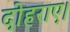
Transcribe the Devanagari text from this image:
दोहराए।